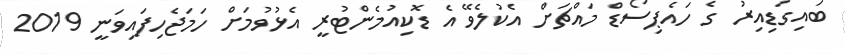
ބައިގަޑިއިރު ގެ ހައެޕިސޯޑް މައްޗަށް އެކުލެވޭ އެ ޑޮކިއުމެންޓުރީ އެޅުވުމަށް ހަމަޖެހިފައިވަނީ 2019